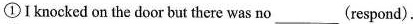
①Iknocked on the door but there was no___(respond).